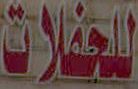
للحفلات